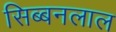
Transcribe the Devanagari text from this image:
सिब्‍बनलाल